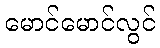
မောင်မောင်လွင်